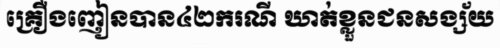
គ្រឿងញៀនបាន៤២ករណី ឃាត់ខ្លួនជនសង្ស័យ